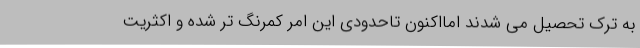
به ترک تحصیل می شدند امااکنون تاحدودی این امر کمرنگ تر شده و اکثریت